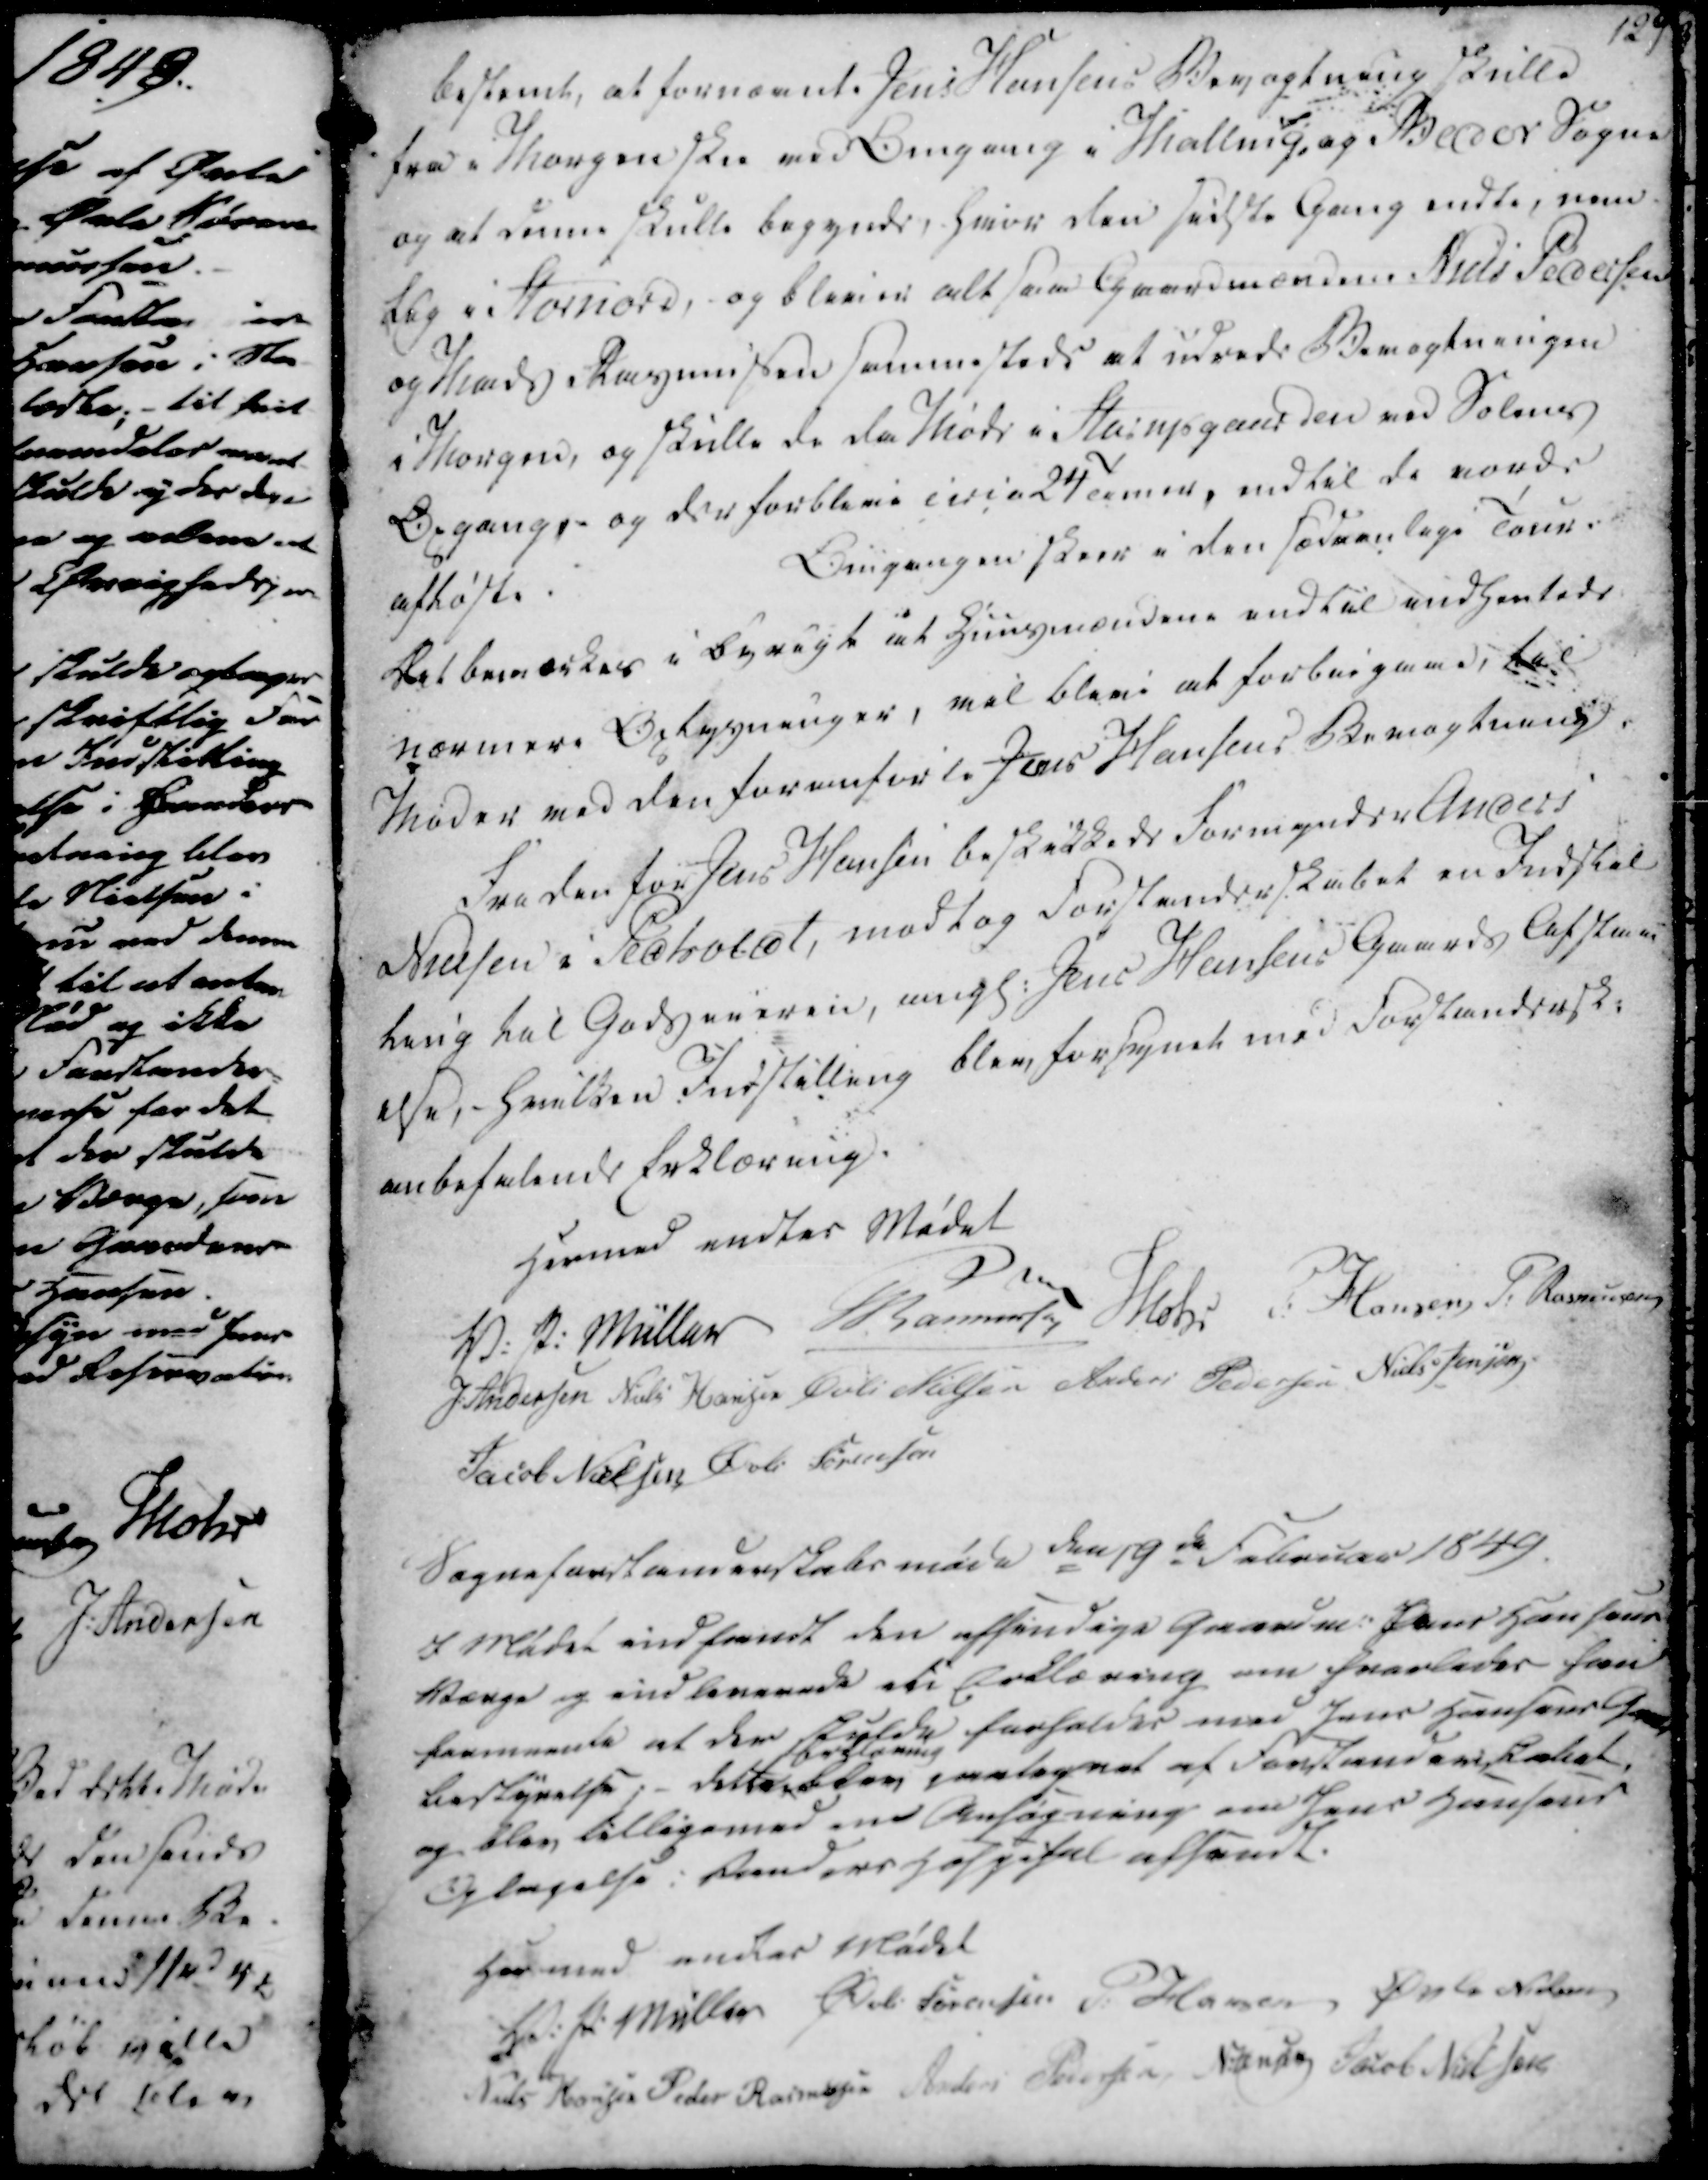
Transskription:
bestemt, at fornævnte Jens Hansens Bevogtning skulle

fra i Morgen ske ved Omgang i Malling, og Beder Sogne

og at denne skulle begynde, Hvor den sidste Gang endte, nem

lig i Stornord, og bliver altsaa Gaardmændene Niels Pedersen

og Mads Rasmussen sammesteds at udrede Bevogtningen

i Morgen, og skulle de da Møde i Starupgaarden ved Solens

Opgang, og der forblive udi a 24 Timer, indtil de vordes

afløste

Omgangen skeer i den sædvanlige Tour.

Det bemærkes i Øvrigt at Huusmændene endtil indhentede

nærmere Oplysninger, vil blive at forbeigaad, til

Møder ved den foranførte Jens Hansens Bevogtning.

bestemt, at fornævnte Jens Hansens Bevogtning skulle
fra i Morgen ske ved Omgang i Malling, og Beder Sogne
og at denne skulle begynde, Hvor den sidste Gang endte, nem
lig i Stornord, og bliver altsaa Gaardmændene Niels Pedersen
og Mads Rasmussen sammesteds at udrede Bevogtningen
i Morgen, og skulle de da Møde i Starupgaarden ved Solens
Opgang, og der forblive udi a 24 Timer, indtil de vordes
afløste
Omgangen skeer i den sædvanlige Tour.
Det bemærkes i Øvrigt at Huusmændene endtil indhentede
nærmere Oplysninger, vil blive at forbeigaad, til
Møder ved den foranførte Jens Hansens Bevogtning.

Fra den for Jens Hansen beskikkede Formynder Anders

Nielsen i Pedholdt, modtog Forstanderskabet en Indstil

ling til Godseieren, angl. Jens Hansens Gaards Afstaa-

else, - Hvilken Indstilling blev forsynet med Forstandersk.

anbefalende Erklæring.

Fra den for Jens Hansen beskikkede Formynder Anders
Nielsen i Pedholdt, modtog Forstanderskabet en Indstil
ling til Godseieren, angl. Jens Hansens Gaards Afstaa-
else, - Hvilken Indstilling blev forsynet med Forstandersk.
anbefalende Erklæring.

Hermed endtes Mødet

V. P. Müller

Rasmussen

Mohr

P. Hansen

P. Rasmussen

J. Andersen

Niels Hansen

Øvle Nielsen

Anders Pedersen

Niels Jensen

Jacob Nielsen

Øvli Sørensen

Hermed endtes Mødet
V. P. Müller
Rasmussen
Mohr
P. Hansen
P. Rasmussen
J. Andersen
Niels Hansen
Øvle Nielsen
Anders Pedersen
Niels Jensen
Jacob Nielsen
Øvli Sørensen

Sogneforstanderskabsmøde den 19de Februar 1849.

I Mødet indfandt den afsindige Gaardm. Jens Hansens

Værge og indleverede en Erklæring om hvorledes han

formeente at der skulde forholdes med Jens Hansens Gaards

bestyrelse; - dette

Erklæring

blev paategnet at Forstanderskabet,

og blev tilligemed en Ansøgning om Jens Hansens

Optagelse i Randers Hospital afsendt.

Sogneforstanderskabsmøde den 19de Februar 1849.
I Mødet indfandt den afsindige Gaardm. Jens Hansens
Værge og indleverede en Erklæring om hvorledes han
formeente at der skulde forholdes med Jens Hansens Gaards
bestyrelse; - dette
Erklæring
blev paategnet at Forstanderskabet,
og blev tilligemed en Ansøgning om Jens Hansens
Optagelse i Randers Hospital afsendt.

Hermed endes Mødet

V. P. Müller

Øvli Sørensen

P. Hansen

Øvle Nielsen

Niels Hansen

Peder Rasmussen

Anders Pedersen

N. Jensen

Jacob Nielsen

Hermed endes Mødet
V. P. Müller
Øvli Sørensen
P. Hansen
Øvle Nielsen
Niels Hansen
Peder Rasmussen
Anders Pedersen
N. Jensen
Jacob Nielsen